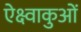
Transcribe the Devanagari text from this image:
ऐक्ष्वाकुओं